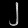
Digit: ၂